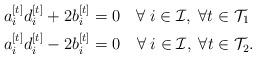
LaTeX: \begin{align*}&a_i^{[t]} d_i^{[t]} +2 b_i^{[t]} =0 \quad\forall \;i \in \mathcal{I},\; \forall t \in \mathcal{T}_1 \\ &a_i^{[t]} d_i^{[t]} - 2 b_i^{[t]} = 0 \quad\forall \;i \in \mathcal{I},\; \forall t \in \mathcal{T}_2.\end{align*}